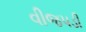
વીજપડી